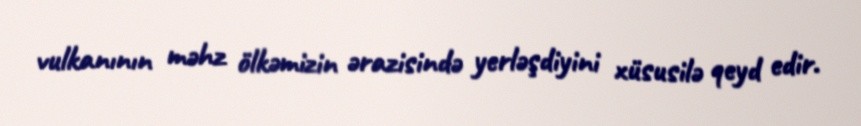
vulkanının məhz ölkəmizin ərazisində yerləşdiyini xüsusilə qeyd edir.